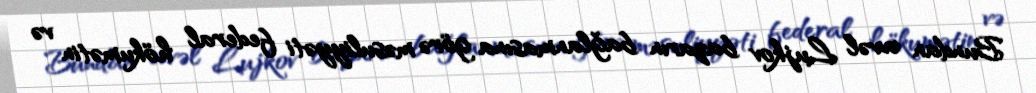
Bundan əvvəl Lujkov bazarın bağlanmasına görə məsuliyyəti federal hökumətin və